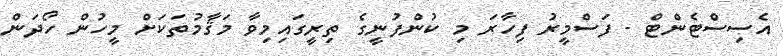
އެސިސްޓެންޓް - ފަސްމީރު ފިހާރަ މި ކުންފުނީގެ ތިރީގައިމިވާ މަޤާމުތަކަށް މީހުން ހޯދަން